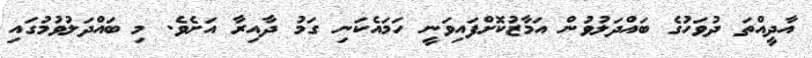
އާދީއްތަ ދުވަހުގެ ބައްދަލުވުން އަމާޒުކޮށްފައިވަނީ ހަމައެކަނި ގަމު ދާއިރާ އަށެވެ. މި ބައްދަލުވުމުގައި